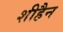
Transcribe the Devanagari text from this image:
शीहैन